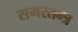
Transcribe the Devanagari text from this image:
समरतन्त्र